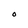
Character: O